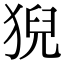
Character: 猊